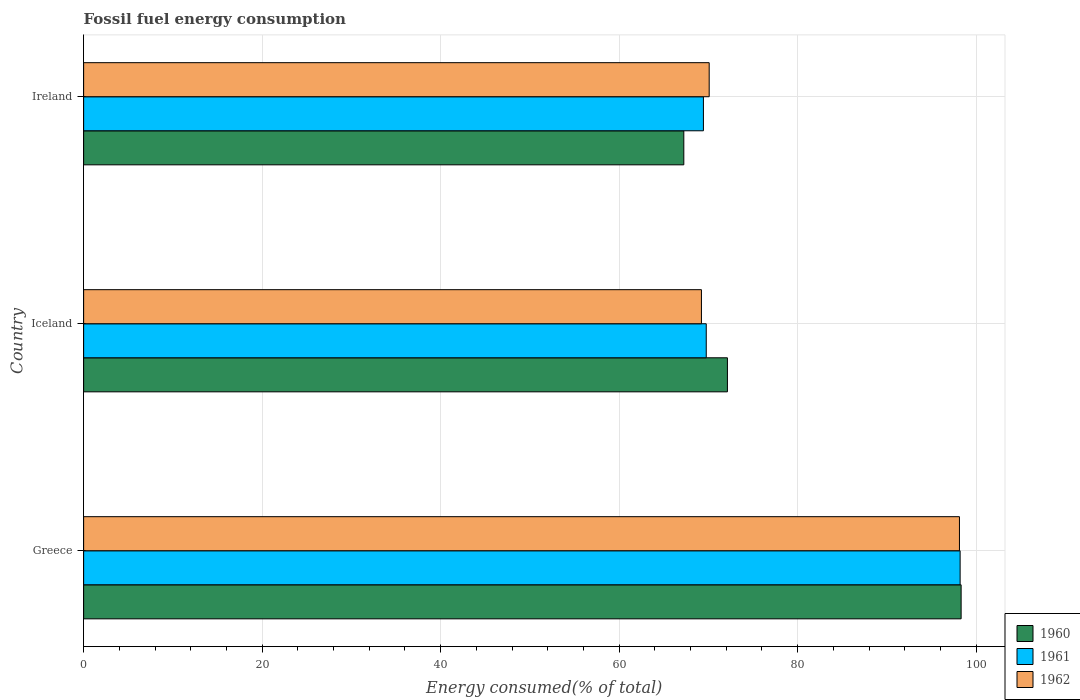
| Country | 1960 | 1961 | 1962 |
 | --- | --- | --- | --- |
 | Greece | 98.3 | 98.2 | 98.1 |
 | Iceland | 72.1 | 69.8 | 69.2 |
 | Ireland | 67.2 | 69.4 | 70.1 |